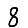
Digit: 8